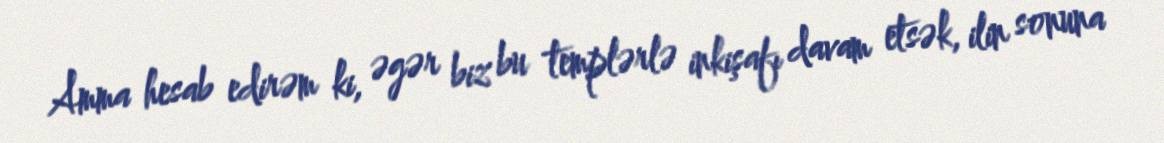
Amma hesab edirəm ki, əgər biz bu templərlə inkişafı davam etsək, ilin sonuna